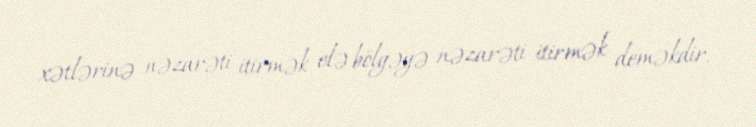
xətlərinə nəzarəti itirmək elə bölgəyə nəzarəti itirmək deməkdir.